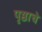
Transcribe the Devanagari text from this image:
पृष्ठाचे